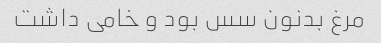
مرغ بدنون سس بود و خامی داشت